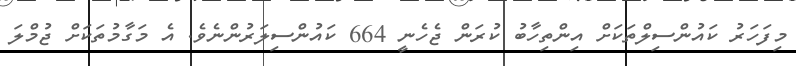
މިފަހަރު ކައުންސިލްތަކަށް އިންތިހާބު ކުރަން ޖެހެނީ 664 ކައުންސިލަރުންނެވެ. އެ މަގާމުތަކަށް ޖުމްލަ